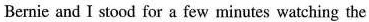
Bernie and I stood for a few minutes watching the